Report of the King Institute of Preventive Medicine, Guindy
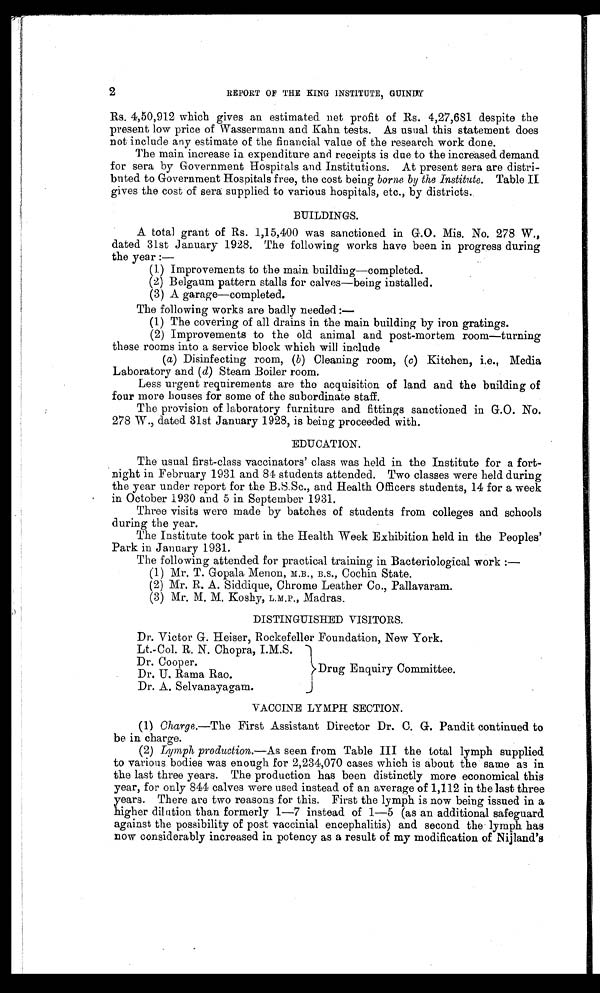
2
REPORT OF THE KING INSTITUTE, GUINDY
Rs. 4,50,912 which gives an estimated net profit of Rs. 4,27,681 despite the
present low price of Wassermann and Kahn tests. As usual this statement does
not include any estimate of the financial value of the research work done.
The main increase in expenditure and receipts is due to the increased demand
for sera by Government Hospitals and Institutions. At present sera are distri
- b u t e d t o G o v e r n m e n t H o s p i t a l s f r e e , t h e c o s t b e i n gb
o r n e b y t h e I n s t i t u t e .
T a b l e I I
gives the cost of sera supplied to various hospitals, etc., by districts.
BUILDINGS.
A total grant of Rs. 1,15,400 was sanctioned in G.O. Mis. No. 278 W.,
dated 31st January 1928. The following works have been in progress during
the year:—
(1) Improvements to the main building—completed.
(2) Belgaum pattern stalls for calves—being installed.
(3) A garage—completed.
The following works are badly needed:
—
(1) The covering of all drains in the main building by iron gratings.
(2) Improvements to the old animal and post-mortem room—turning
these rooms into a service block which will include
( a) Disinfecting room, ( b ) Cleaning room, ( c) Kitchen, i.e., Media
Laboratory and ( d) Steam Boiler room.
Less urgent requirements are the acquisition of land and the building of
four more houses for some of the subordinate staff.
The provision of laboratory furniture and fittings sanctioned in G.O. No.
278 W., dated 31st January 1928, is being proceeded with.
EDUCATION.
The usual first-class vaccinators' class was held in the Institute for a fort
-night in February 1931 and 84 students attended. Two classes were held during
the year under report for the B.S.Sc., and Health Officers students, 14 for a week
in October 1930 and 5 in September 1931.
Three visits were made by batches of students from colleges and schools
during the year.
The Institute took part in the Health Week Exhibition held in the Peoples'
Park in January 1931.
The following attended for practical training in Bacteriological work:
—
(1) Mr. T. Gopala Menon, M.B., B.S., Cochin State.
(2) Mr. R. A. Siddique, Chrome Leather Co., Pallavaram.
(3) Mr. M. M. Koshy, L.M.P., Madras.
DISTINGUISHED VISITORS.
Dr. Victor G. Heiser, Rockefeller Foundation, New York.
Lt.-Col. R. N. Chopra, I.M.S.
Dr. Cooper.
Dr. U. Rama Rao.
Dr. A. Selvanayagam.
Drug Enquiry Committee.
VACCINE LYMPH SECTION.
(1) Charge.—The First Assistant Director Dr. C. G. Pandit continued to
be in charge.
(2) Lymph production.—As seen from Table III the total lymph supplied
to various bodies was enough for 2,234,070 cases which is about the same as in
the last three years. The production has been distinctly more economical this
year, for only 844 calves were used instead of an average of 1,112 in the last three
years. There are two reasons for this. First the lymph is now being issued in a
higher dilution than formerly 1—7 instead of 1—5 (as an additional safeguard
against the possibility of post vaccinial encephalitis) and second the lymph has
now considerably increased in potency as a result of my modification of Nijland's